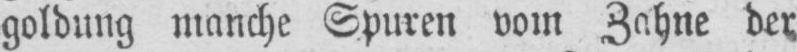
goldung manche Spuren vom Zahne der